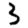
Digit: 3